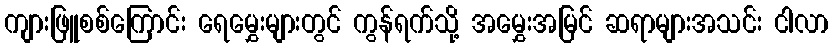
ကျားဖြူစစ်ကြောင်း ရေမွှေးများတွင် ကွန်ရက်သို့ အမွှေးအမြင် ဆရာများအသင်း ငါလာ